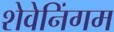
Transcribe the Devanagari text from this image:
शेवेनिंगम